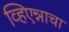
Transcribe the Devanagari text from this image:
व्हिएन्नाचा